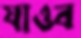
যাওব